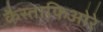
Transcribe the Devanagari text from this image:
कैस्ताफिओरे